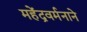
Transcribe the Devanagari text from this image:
महेंद्रवर्मनाने